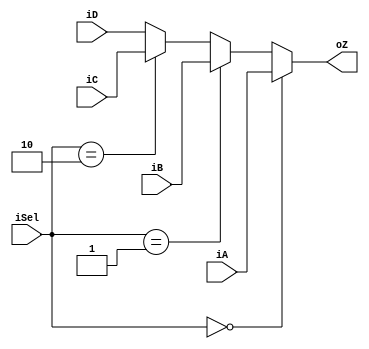
module mux4_7(iA, iB, iC, iD, iSel, oZ);
    input [6:0] iA, iB, iC, iD;
    input [1:0] iSel;
    output [6:0] oZ;

    assign oZ = (iSel == 0) ? iA : 
                (iSel == 1) ? iB :
                (iSel == 2) ? iC : iD;

endmodule   // mux4_7